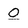
Character: O